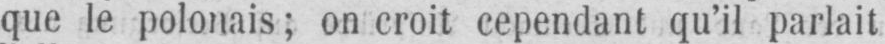
que le polonais; on croit cependant qu’il parlait